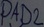
Text: PAD2